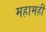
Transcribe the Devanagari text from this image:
महामहीं